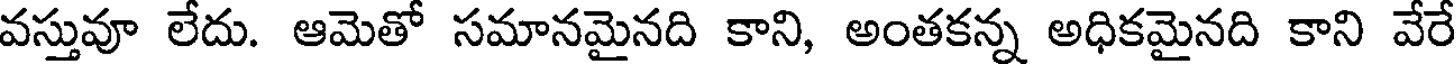
వస్తువూ లేదు. ఆమెతో సమానమైనది కాని, అంతకన్న అధికమైనది కాని వేరే